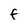
Character: F